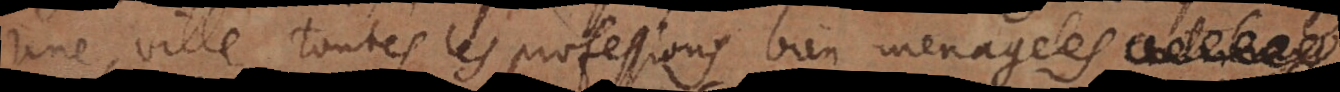
une ville toutes les professions bien menagées